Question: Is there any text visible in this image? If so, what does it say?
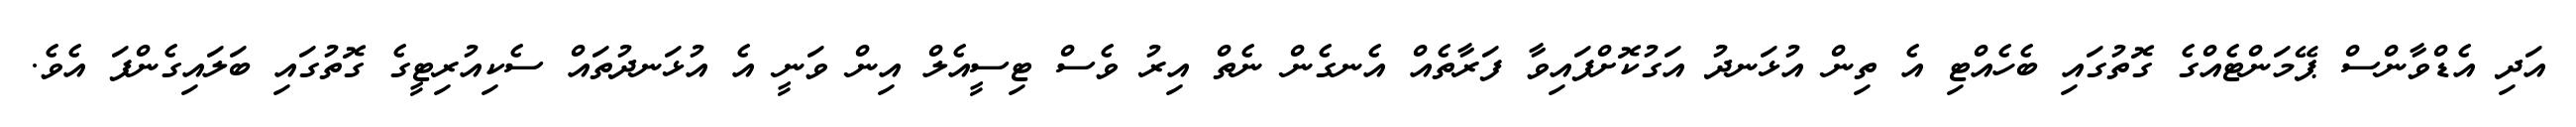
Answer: އަދި އެޑްވާންސް ޕޭމަންޓެއްގެ ގޮތުގައި ބެހެއްޓި އެ ތިން އުޅަނދު އަގުކޮށްފައިވާ ފަރާތެއް އެނގެން ނެތް އިރު ވެސް ޓިސީއެލް އިން ވަނީ އެ އުޅަނދުތައް ސެކިއުރިޓީގެ ގޮތުގައި ބަލައިގެންފަ އެވެ.